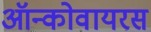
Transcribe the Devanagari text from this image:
ऑन्कोवायरस